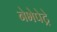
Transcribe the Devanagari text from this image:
नेभेपेट्रे